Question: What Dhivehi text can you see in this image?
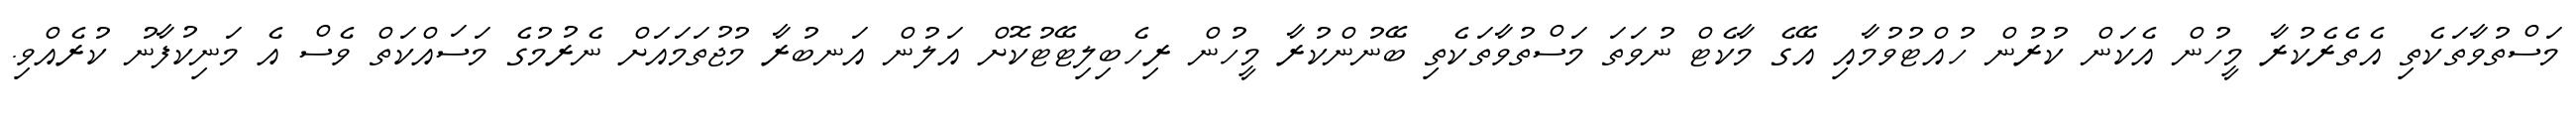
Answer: މަސްތުވާތަކެތި އެތެރެކުރާ މީހުން އެކަން ކުރުން ހުއްޓުވުމާއި އޭގެ މާކެޓް ނުވަތަ މަސްތުވާތަކެތި ބޭނުންކުރާ މީހުން ރިހެބިލިޓޭޓުކޮށް އަލުން އަނބުރާ މުޖުތަމައަށް ނެރުމުގެ މަސައްކަތް ވެސް އެ މަނިކުފާނު ކުރެއްވި.